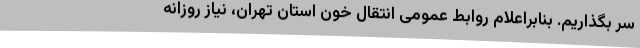
سر بگذاریم. بنابراعلام روابط عمومی انتقال خون استان تهران، نیاز روزانه